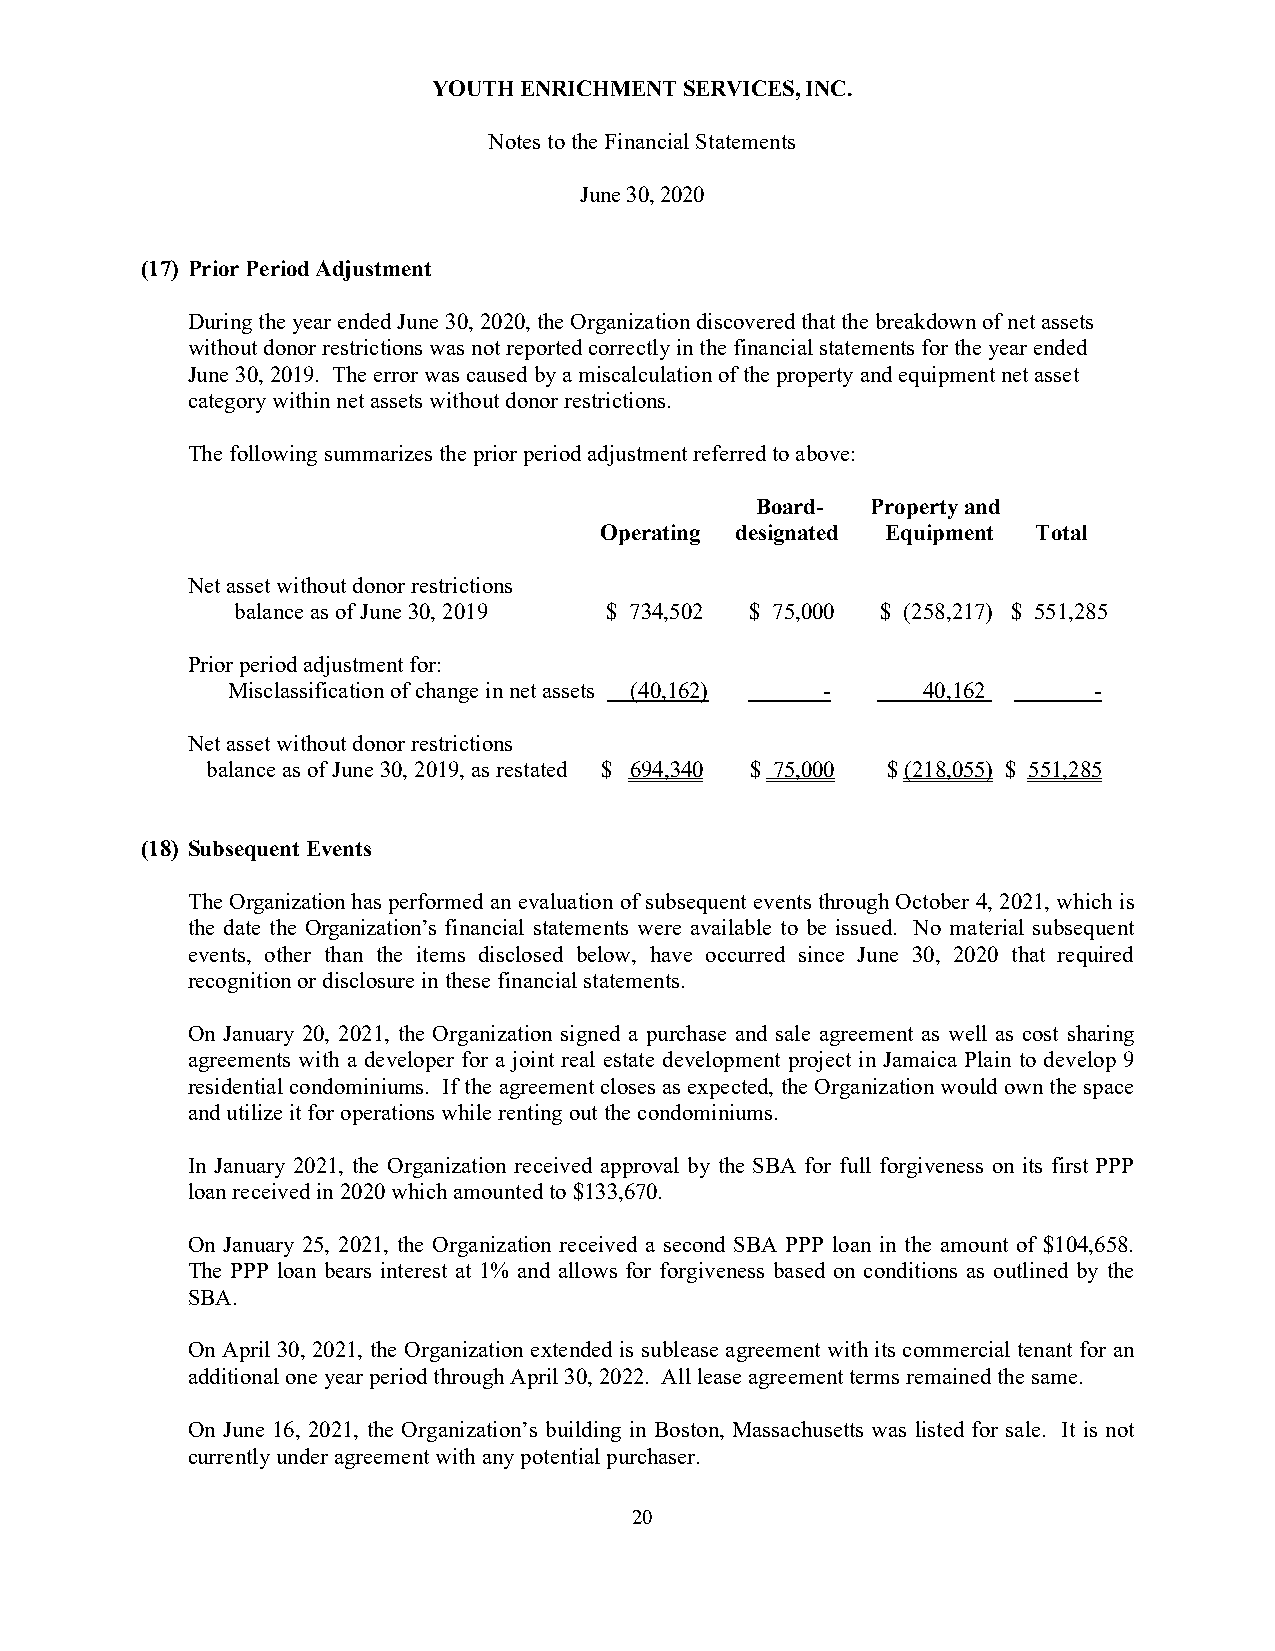
YOUTH ENRICHMENT SERVICES, INC.
 Notes to the Financial Statements
 June 30, 2020
 (17) Prior Period Adjustment
 During the year ended June 30, 2020, the Organization discovered that the breakdown of net assets
 without donor restrictions was not reported correctly in the financial statements for the year ended
 June 30, 2019. The error was caused by a miscalculation of the property and equipment net asset
 category within net assets without donor restrictions.
 The following summarizes the prior period adjustment referred to above:
 Board-  Property and
 Operating designated Equipment Total
 Net asset without donor restrictions
 balance as of June 30, 2019 $ 734,502 $ 75,000 $ (258,217) $ 551,285
 Prior period adjustment for:
 Misclassification of change in net assets (40,162) - 40,162 -
 Net asset without donor restrictions
 balance as of June 30, 2019, as restated $ 694,340 $ 75,000 $ (218,055) $ 551,285
 (18) Subsequent Events
 The Organization has performed an evaluation of subsequent events through October 4, 2021, which is
 the date the Organization’s financial statements were available to be issued. No material subsequent
 events, other than the items disclosed below, have occurred since June 30, 2020 that required
 recognition or disclosure in these financial statements.
 On January 20, 2021, the Organization signed a purchase and sale agreement as well as cost sharing
 agreements with a developer for a joint real estate development project in Jamaica Plain to develop 9
 residential condominiums. If the agreement closes as expected, the Organization would own the space
 and utilize it for operations while renting out the condominiums.
 In January 2021, the Organization received approval by the SBA for full forgiveness on its first PPP
 loan received in 2020 which amounted to $133,670.
 On January 25, 2021, the Organization received a second SBA PPP loan in the amount of $104,658.
 The PPP loan bears interest at 1% and allows for forgiveness based on conditions as outlined by the
 SBA.
 On April 30, 2021, the Organization extended is sublease agreement with its commercial tenant for an
 additional one year period through April 30, 2022. All lease agreement terms remained the same.
 On June 16, 2021, the Organization’s building in Boston, Massachusetts was listed for sale. It is not
 currently under agreement with any potential purchaser.
 20